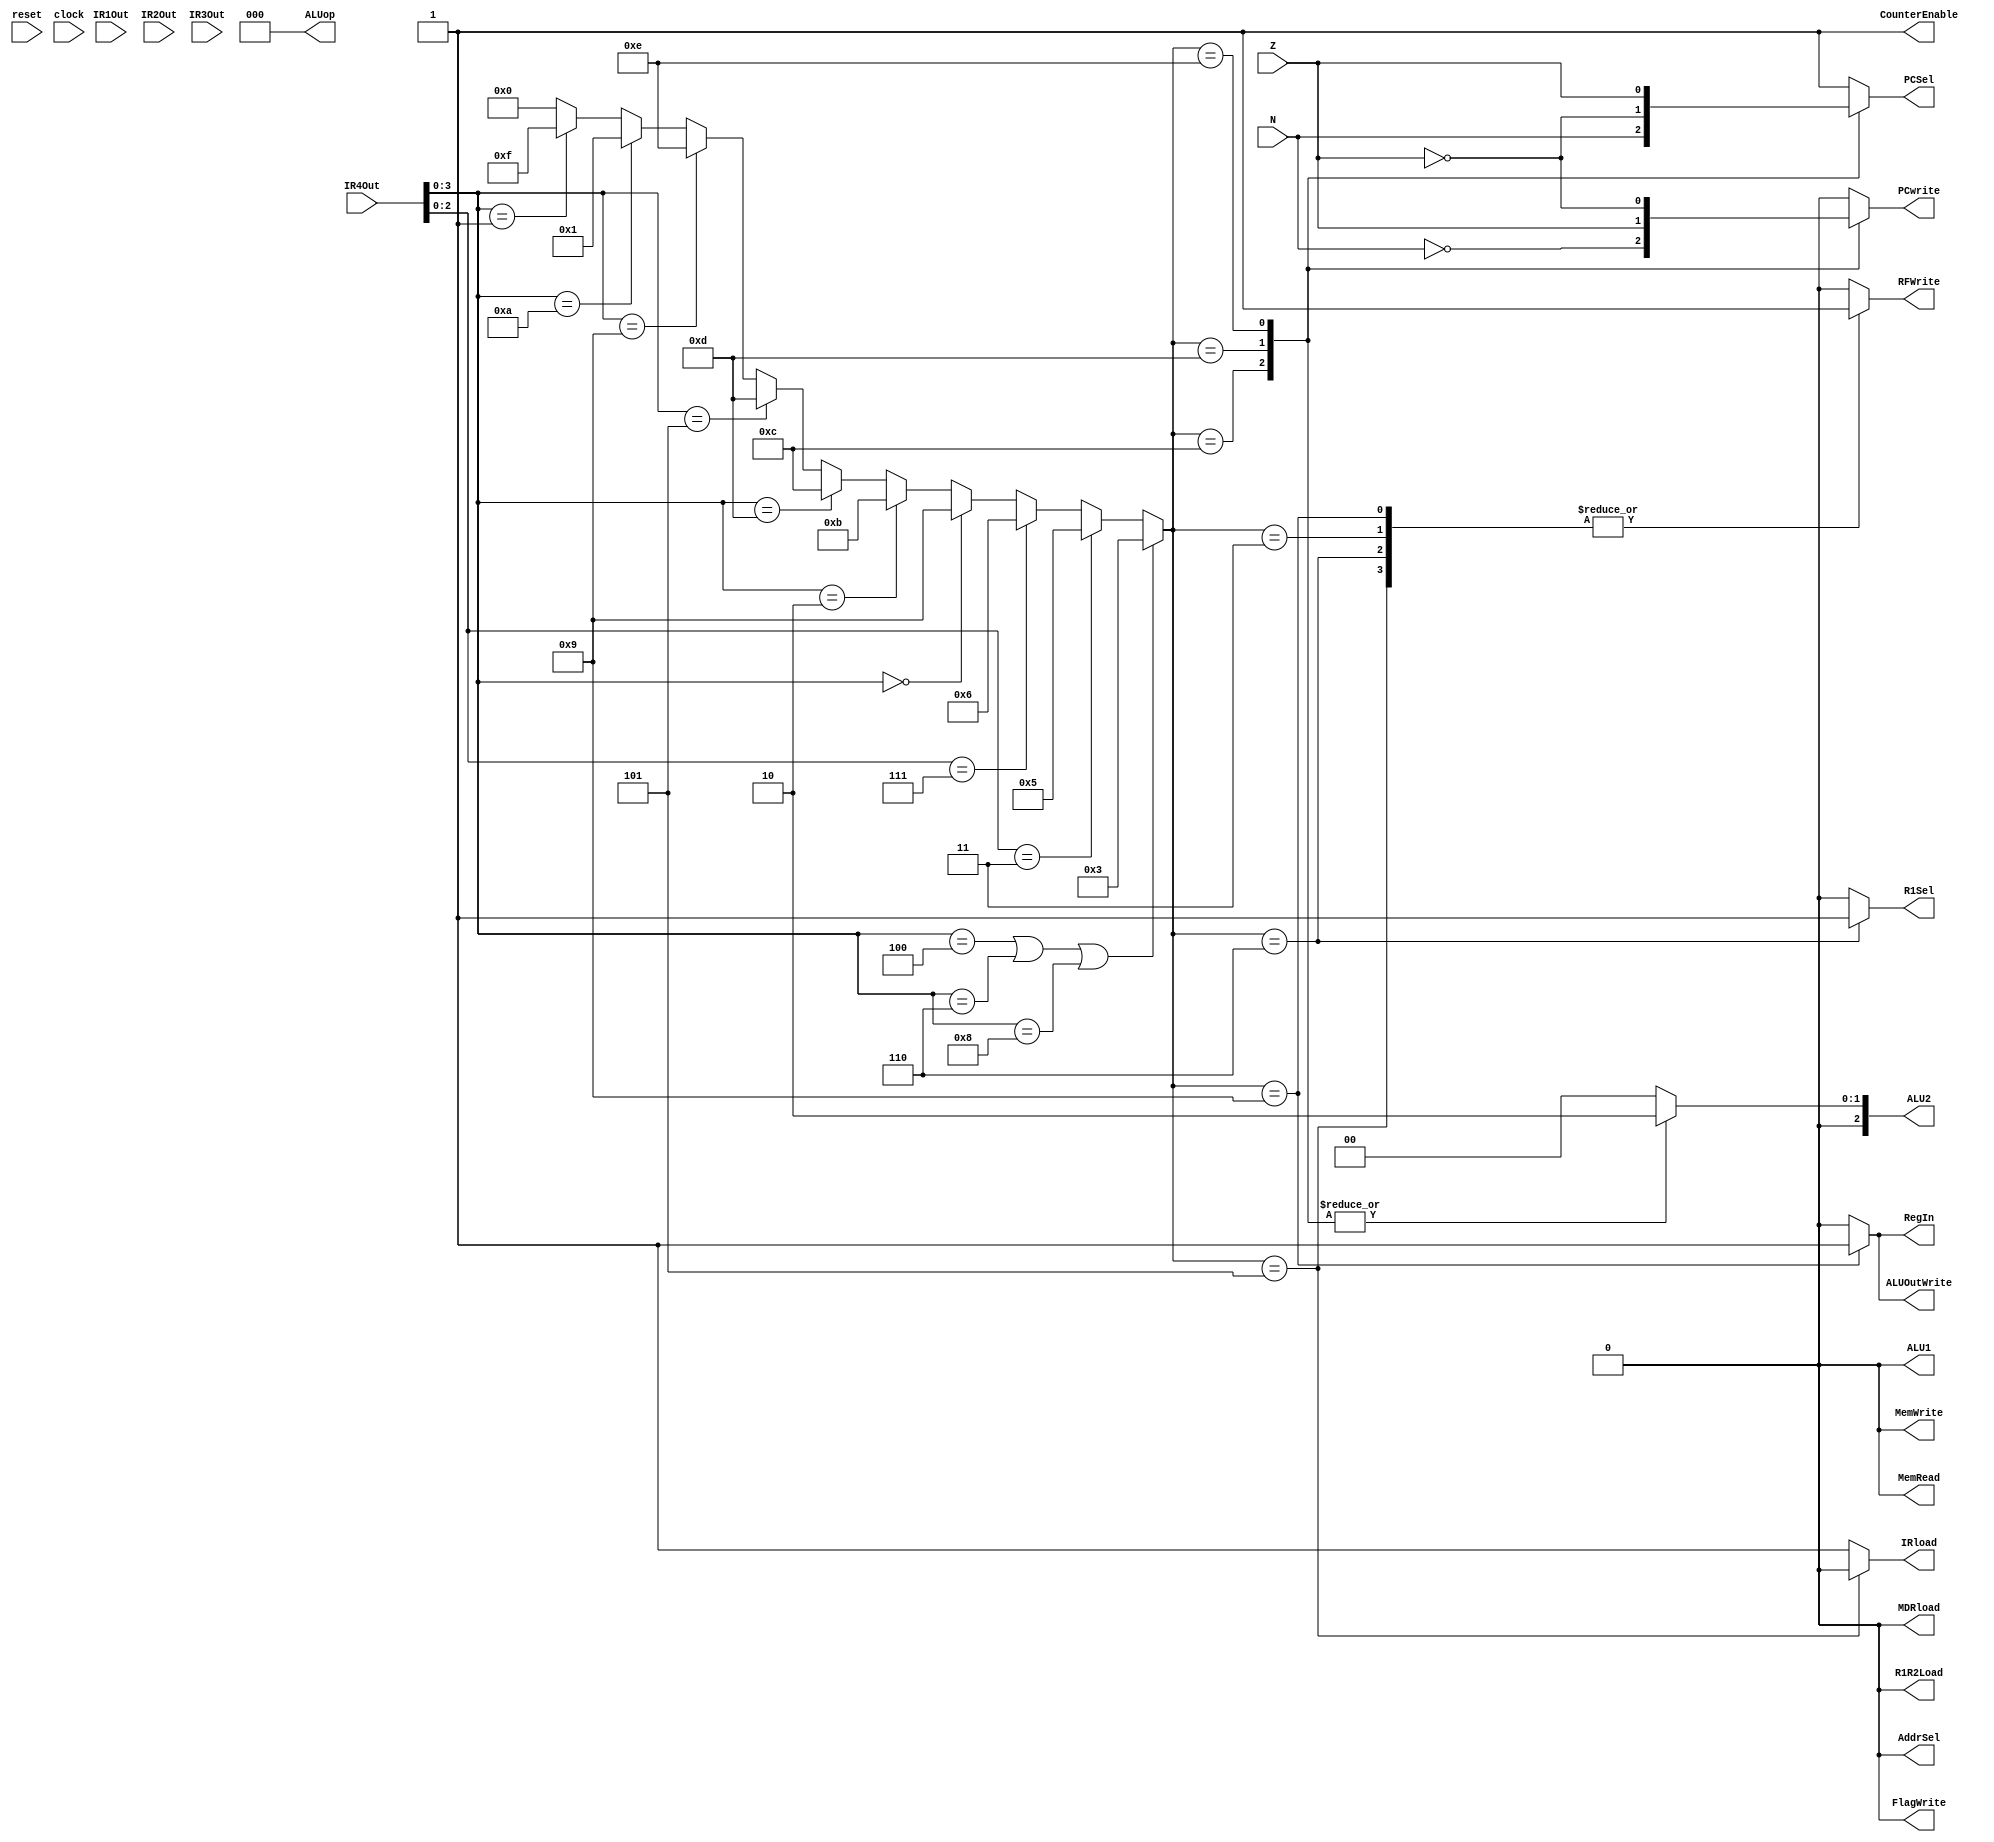
module WriteBackController
(
reset, IR1Out, IR2Out, IR3Out, IR4Out, clock,
N, Z,
PCwrite, AddrSel, MemRead, PCSel,
MemWrite, IRload, R1Sel, MDRload,
R1R2Load, ALU1, ALU2, ALUop,
ALUOutWrite, RFWrite, RegIn, FlagWrite, CounterEnable
);


	input	N, Z;
	input	reset, clock;
	input [7:0] IR1Out, IR2Out, IR3Out, IR4Out;
	output	PCSel, PCwrite, AddrSel, MemRead, MemWrite, IRload, R1Sel, MDRload;
	output	R1R2Load, ALU1, ALUOutWrite, RFWrite, RegIn, FlagWrite;
	output  CounterEnable;
	output	[2:0] ALU2, ALUop;
	//output	[3:0] state;
	
	reg PCSel;
	reg [3:0]	state;
	reg	PCwrite, AddrSel, MemRead, MemWrite, IRload, R1Sel, MDRload, CounterEnable;
	reg	R1R2Load, ALU1, ALUOutWrite, RFWrite, RegIn, FlagWrite;
	reg	[2:0] ALU2, ALUop;
	reg [3:0] instr;
	

/*****************************************************************************
 *                         Parameter Declarations                            *
 *****************************************************************************/

	parameter [3:0] reset_s = 0, c1 = 1, c2 = 2, c3_asn = 3,
					c4_asnsh = 4, c3_shift = 5, c3_ori = 6,
					c4_ori = 7, c5_ori = 8, c3_load = 9, c4_load = 10,
					c3_store = 11, c3_bpz = 12, c3_bz = 13, c3_bnz = 14,
					stop = 15;

/*****************************************************************************
 *                         Combination Logic                                 *
 *****************************************************************************/

	always@(*)
	begin
		instr = IR4Out[3:0];
	end
	
	always@(*)
	begin	
		if(instr == 4'b0100 | instr == 4'b0110 | instr == 4'b1000) state = c3_asn;
		else if( instr[2:0] == 3'b011 ) state = c3_shift;
		else if( instr[2:0] == 3'b111 ) state = c3_ori;
		else if( instr == 4'b0000 ) state = c3_load;
		else if( instr == 4'b0010 ) state = c3_store;
		else if( instr == 4'b1101 ) state = c3_bpz;
		else if( instr == 4'b0101 ) state = c3_bz;
		else if( instr == 4'b1001 ) state = c3_bnz;
		else if( instr == 4'b1010 ) state = c1; // nop
		else if( instr == 4'b0001 ) state = stop;
		else state = 0;
	end

always@(*)
	begin
		case(state)
			c3_ori: 	//control = 19'b0000010000000000100;
				begin
					PCSel = 1;
					PCwrite = 0;
					AddrSel = 0;
					MemRead = 0;
					MemWrite = 0;
					IRload = 1;
					R1Sel = 1;
					MDRload = 0;
					R1R2Load = 0;
					ALU1 = 0;
					ALU2 = 3'b000;
					ALUop = 3'b000;
					ALUOutWrite = 0;
					RFWrite = 1;
					RegIn = 0;
					FlagWrite = 0;
					CounterEnable = 1;
				end
			c3_asn: 	//control = 19'b0000000000000000100;
				begin
					PCSel = 1;
					PCwrite = 0;
					AddrSel = 0;
					MemRead = 0;
					MemWrite = 0;
					IRload = 1;
					R1Sel = 0;
					MDRload = 0;
					R1R2Load = 0;
					ALU1 = 0;
					ALU2 = 3'b000;
					ALUop = 3'b000;
					ALUOutWrite = 0;
					RFWrite = 1;
					RegIn = 0;
					FlagWrite = 0;
					CounterEnable = 1;
				end
			c3_load: 	//control = 19'b0000000000000001110;
				begin
					PCSel = 1;
					PCwrite = 0;
					AddrSel = 0;
					MemRead = 0;
					MemWrite = 0;
					IRload = 1;
					R1Sel = 0;
					MDRload = 0;
					R1R2Load = 0;
					ALU1 = 0;
					ALU2 = 3'b000;
					ALUop = 3'b000;
					ALUOutWrite = 1;
					RFWrite = 1;
					RegIn = 1;
					FlagWrite = 0;
					CounterEnable = 1;
				end
			c3_shift: 	//control = 19'b0000000000000000100;
				begin
					PCSel = 1;
					PCwrite = 0;
					AddrSel = 0;
					MemRead = 0;
					MemWrite = 0;
					IRload = 0;
					R1Sel = 0;
					MDRload = 0;
					R1R2Load = 0;
					ALU1 = 0;
					ALU2 = 3'b000;
					ALUop = 3'b000;
					ALUOutWrite = 0;
					RFWrite = 1;
					RegIn = 0;
					FlagWrite = 0;
					CounterEnable = 1;
				end
			c3_bpz: 	//control = {~N,18'b000000000100000000};
				begin
					PCSel = N;
					PCwrite = ~N;
					AddrSel = 0;
					MemRead = 0;
					MemWrite = 0;
					IRload = 1;
					R1Sel = 0;
					MDRload = 0;
					R1R2Load = 0;
					ALU1 = 0;
					ALU2 = 3'b010;
					ALUop = 3'b000;
					ALUOutWrite = 0;
					RFWrite = 0;
					RegIn = 0;
					FlagWrite = 0;
					CounterEnable = 1;
				end
			c3_bz: 		//control = {Z,18'b000000000100000000};
				begin
					PCSel = ~Z; 
					PCwrite = Z;
					AddrSel = 0;
					MemRead = 0;
					MemWrite = 0;
					IRload = 1;
					R1Sel = 0;
					MDRload = 0;
					R1R2Load = 0;
					ALU1 = 0;
					ALU2 = 3'b010;
					ALUop = 3'b000;
					ALUOutWrite = 0;
					RFWrite = 0;
					RegIn = 0;
					FlagWrite = 0;
					CounterEnable = 1;
				end
			c3_bnz: 	//control = {~Z,18'b000000000100000000};
				begin
					PCSel = Z;
					PCwrite = ~Z;
					AddrSel = 0;
					MemRead = 0;
					MemWrite = 0;
					IRload = 1;
					R1Sel = 0;
					MDRload = 0;
					R1R2Load = 0;
					ALU1 = 0;
					ALU2 = 3'b010;
					ALUop = 3'b000;
					ALUOutWrite = 0;
					RFWrite = 0;
					RegIn = 0;
					FlagWrite = 0;
					CounterEnable = 1;
				end
			default:	//control = 19'b0000000000000000000;
				begin
					PCSel = 1;
					PCwrite = 0;
					AddrSel = 0;
					MemRead = 0;
					MemWrite = 0;
					IRload = 1;
					R1Sel = 0;
					MDRload = 0;
					R1R2Load = 0;
					ALU1 = 0;
					ALU2 = 3'b000;
					ALUop = 3'b000;
					ALUOutWrite = 0;
					RFWrite = 0;
					RegIn = 0;
					FlagWrite = 0;
					CounterEnable = 1;
				end
		endcase
	end
	
endmodule